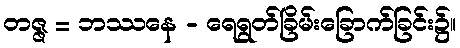
တဇ္ဇ = ဘဿနေ - ရေရွတ်ခြိမ်းခြောက်ခြင်း၌။